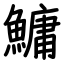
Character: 鱅